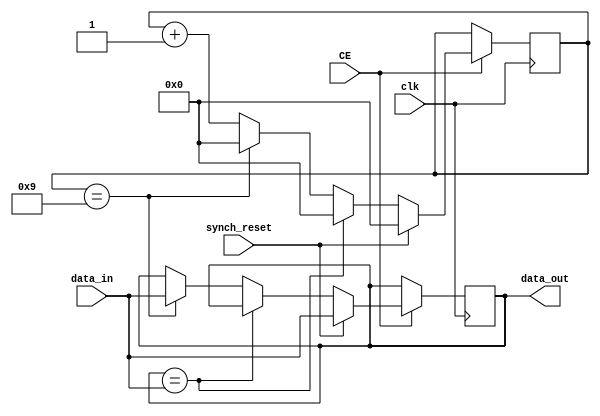
module InertialFilter(clk, CE, synch_reset, data_in, data_out);
input clk, CE, data_in, synch_reset;
output reg data_out;

localparam CONSEC_COUNT = 10;

reg [3:0] count;

always @(posedge clk)
if (CE) begin
	if (synch_reset) begin
			count <= 0;
			data_out <= data_in;
	end else if (data_out == data_in) 
			count <= 0;
		else if (count == CONSEC_COUNT-1) begin
			data_out <= data_in;
			count <= 0;
		end else
			count <= count + 1'b1;
end

endmodule